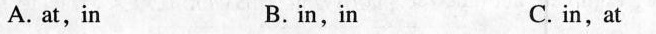
A. at, in B.in, in C. in,at